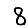
Digit: 8